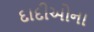
દાદીઓના